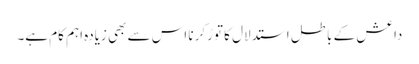
داعش کے باطل استدلال کا توڑکرنا اس سے بھی زیادہ اہم کام ہے۔